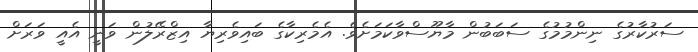
ސަރުކާރުގެ ނިންމުމުގެ ސަބަބުން މާޔޫސްވާކަމަށެވެ. އެމެރިކާގެ ބައިވެރިޔާ އިޒްރޭލުން ވަނީ އެއީ ވަރަށް